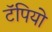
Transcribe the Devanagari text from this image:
टॅपियो